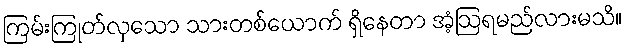
ကြမ်းကြုတ်လှသော သားတစ်ယောက် ရှိနေတာ အံ့ဩရမည်လားမသိ။